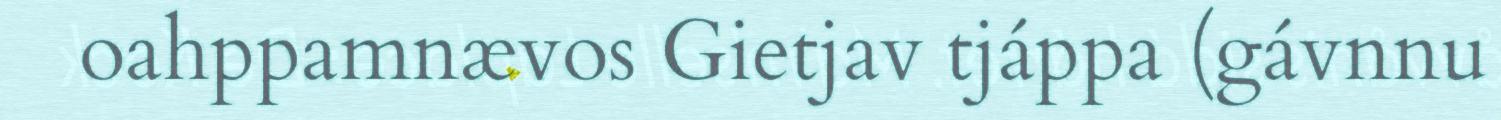
oahppamnævos Gietjav tjáppa (gávnnu